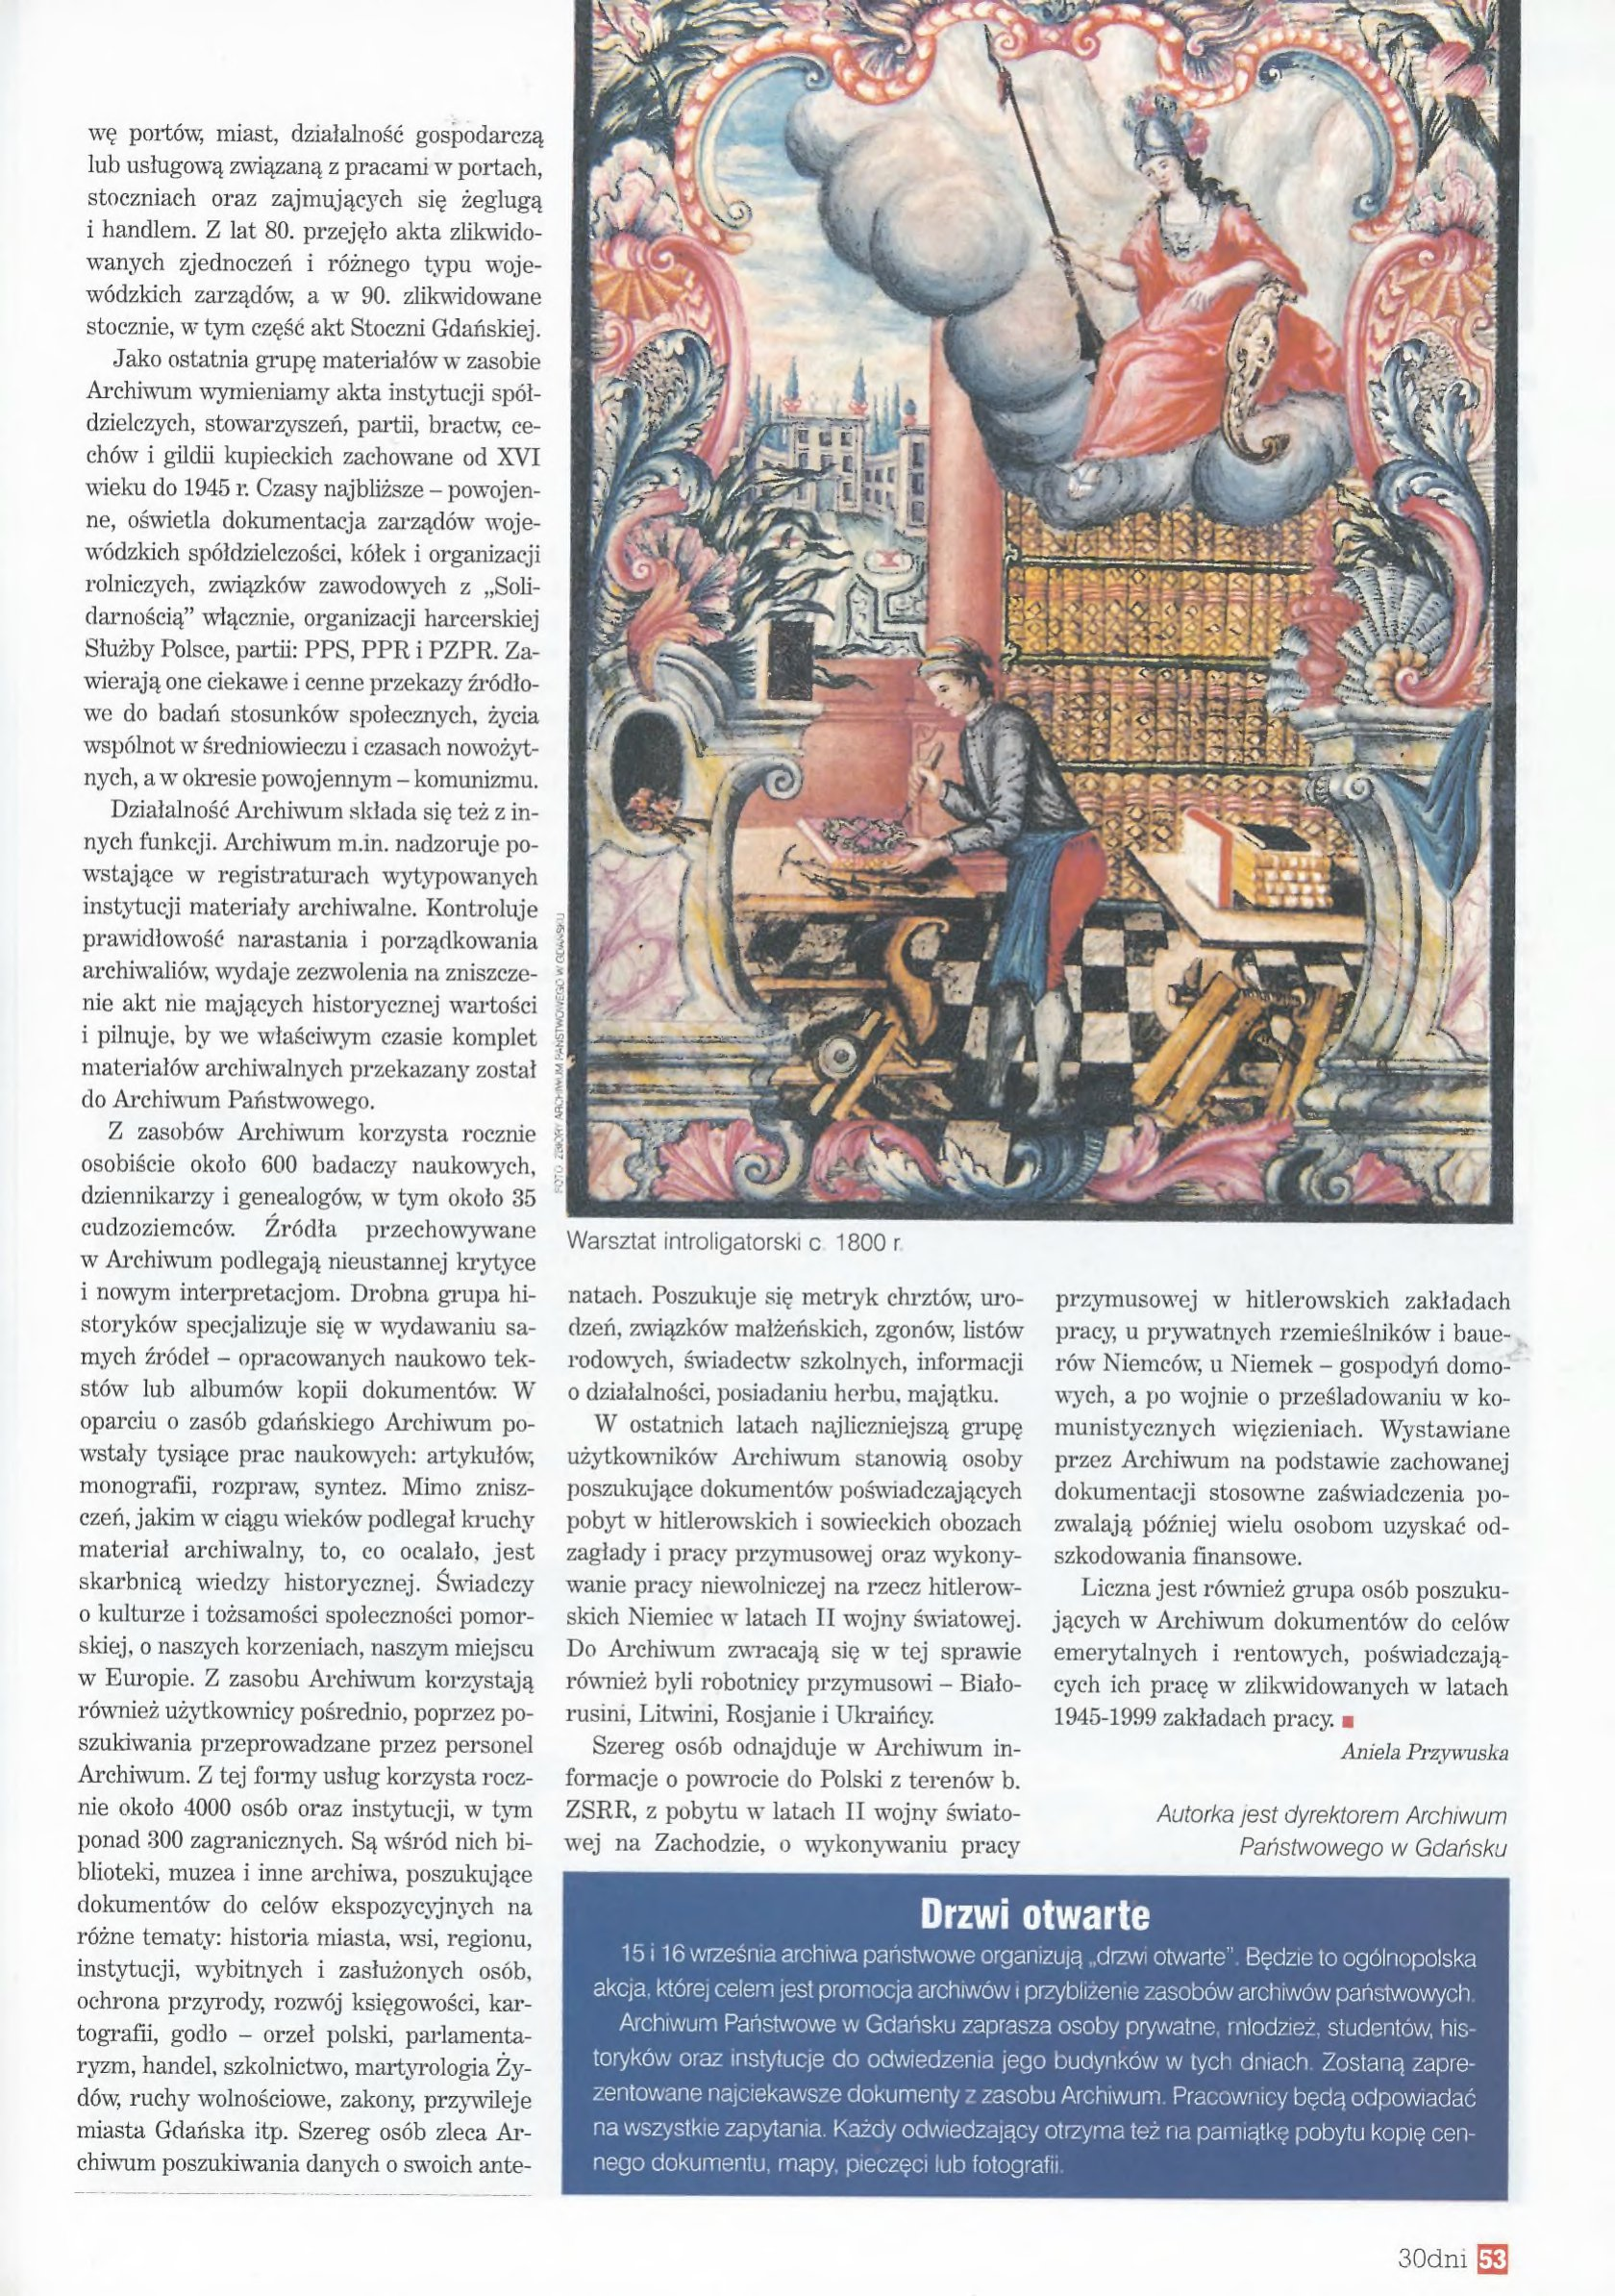
Language: pl